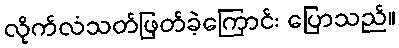
လိုက်လံသတ်ဖြတ်ခဲ့ကြောင်း ပြောသည်။